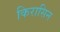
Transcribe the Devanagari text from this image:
किरासिन